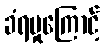
ခံရမှုကြောင့်